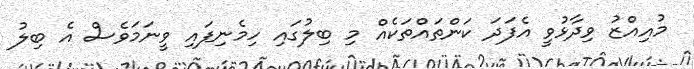
މުއިއްޒު ވިދާޅުވީ އެފަދަ ކަންތައްތަކެއް މި ބިލުގައި ހިމެނިފައި ވީނަމަވެސް އެ ބިލު